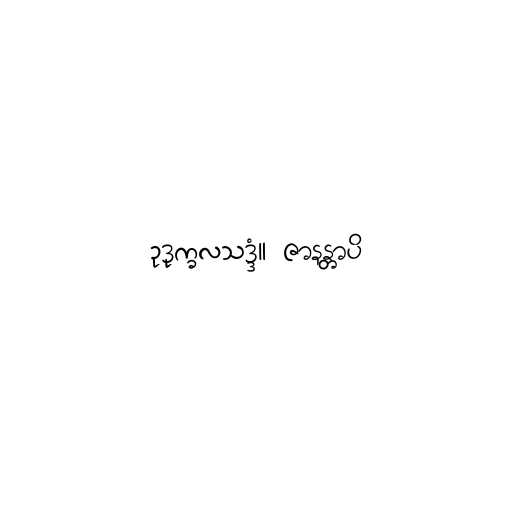
ဥဒုက္ခလသဒ္ဒံ။ ဇာနန္တာပိ